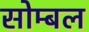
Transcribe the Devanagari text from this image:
सोम्बल